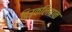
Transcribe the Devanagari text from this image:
दिउकलियान